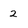
Character: 2